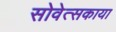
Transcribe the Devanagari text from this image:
सोवेत्सकाया